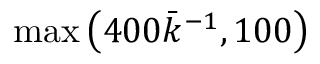
\operatorname* { m a x } \left( 4 0 0 \bar { k } ^ { - 1 } , 1 0 0 \right)